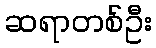
ဆရာတစ်ဦး